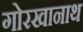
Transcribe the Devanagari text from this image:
गोरखानाथ